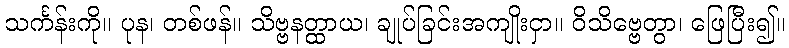
သင်္ကန်းကို။ ပုန၊ တစ်ဖန်။ သိဗ္ဗနတ္ထာယ၊ ချုပ်ခြင်းအကျိုးငှာ။ ဝိသိဗ္ဗေတွာ၊ ဖြေပြီး၍။